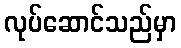
လုပ်ဆောင်သည်မှာ